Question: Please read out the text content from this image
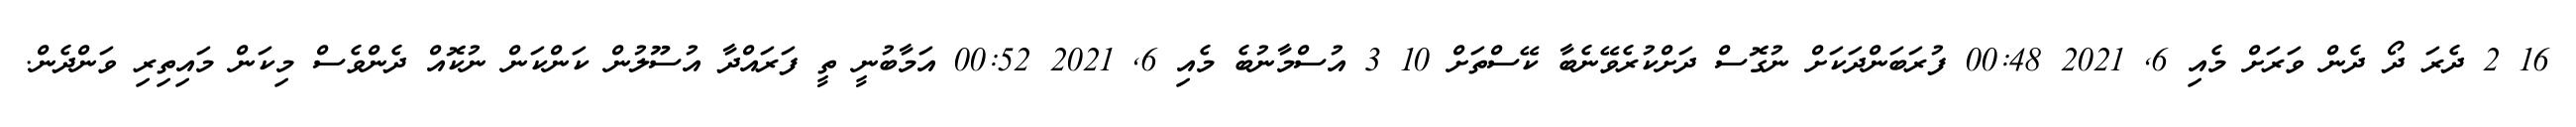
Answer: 16 2 ދެރަ ދޯ ދެން ވަރަށް މެއި 6, 2021 00:48 ފުރަބަންދަކަށް ނުގޮސް ދަށްކުރެވޭނެބާ ކޭސްތަށް 10 3 އުސްމާނުބެ މެއި 6, 2021 00:52 އަމާބުނީ ތީ ފަރައްދާ އުސޫލުން ކަންކަން ނުކޮއް ދެންވެސް މިކަން މައިތިރި ވަންދެން.